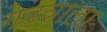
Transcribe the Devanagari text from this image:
गेहवाला